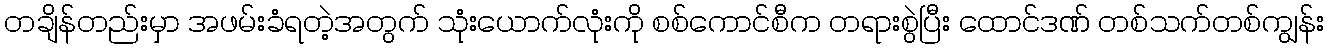
တချိန်တည်းမှာ အဖမ်းခံရတဲ့အတွက် သုံးယောက်လုံးကို စစ်ကောင်စီက တရားစွဲပြီး ထောင်ဒဏ် တစ်သက်တစ်ကျွန်း